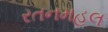
રતનમહલ